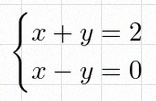
\begin{cases}x+y=2\\x-y=0\end{cases}